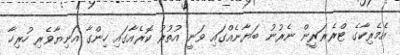
އެމެރިކާގެ ޓްރެޜަރީން ނެރުނު ބަޔާނެއްގައި ވަނީ އުތުރު ކޮރެއާގައި ހިންގާ އަނިޔާވެރި ހުރިހާ